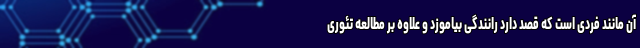
آن مانند فردی است که قصد دارد رانندگی بیاموزد و علاوه بر مطالعه تئوری